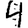
Digit: 4